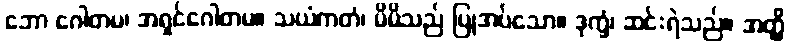
ဘော ဂေါတမ၊ အရှင်ဂေါတမ။ သယံကတံ၊ မိမိသည် ပြုအပ်သော။ ဒုက္ခံ၊ ဆင်းရဲသည်။ အတ္ထိ